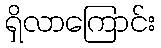
ရှိလာကြောင်း